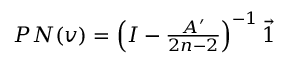
\begin{array} { r } { P N ( v ) = \left( I - \frac { A ^ { \prime } } { 2 n - 2 } \right) ^ { - 1 } \vec { 1 } } \end{array}